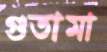
গুতামা